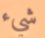
شيء